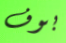
بوف